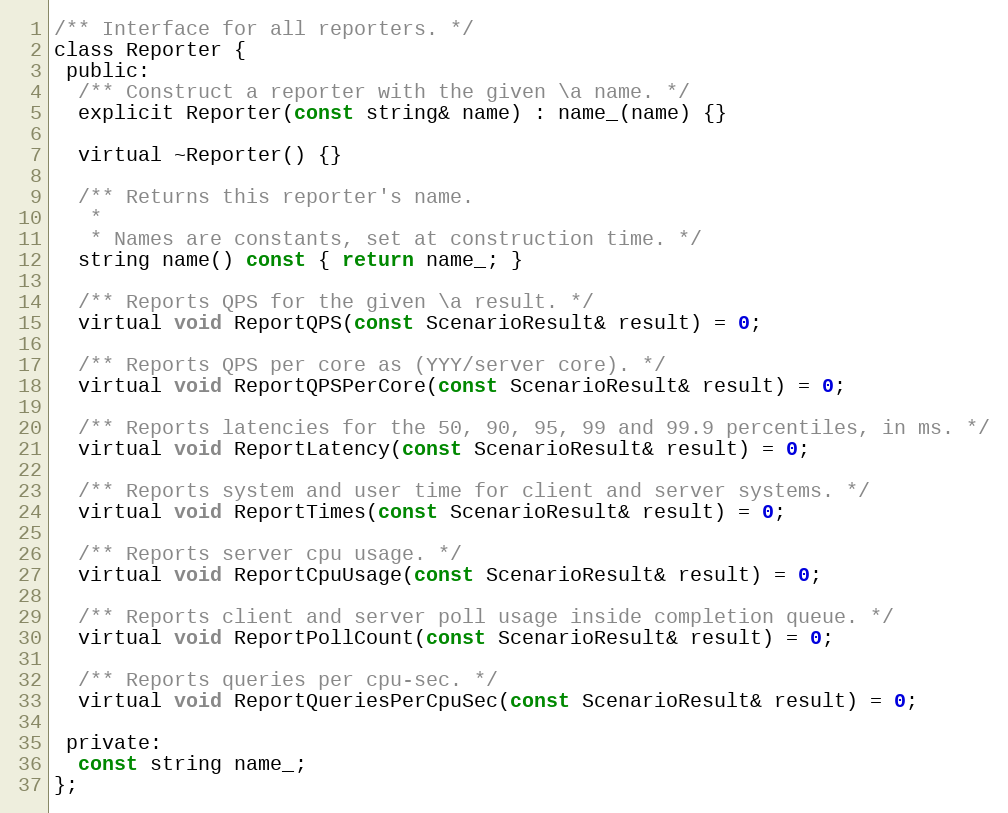
Language: C
/** Interface for all reporters. */
class Reporter {
 public:
  /** Construct a reporter with the given \a name. */
  explicit Reporter(const string& name) : name_(name) {}

  virtual ~Reporter() {}

  /** Returns this reporter's name.
   *
   * Names are constants, set at construction time. */
  string name() const { return name_; }

  /** Reports QPS for the given \a result. */
  virtual void ReportQPS(const ScenarioResult& result) = 0;

  /** Reports QPS per core as (YYY/server core). */
  virtual void ReportQPSPerCore(const ScenarioResult& result) = 0;

  /** Reports latencies for the 50, 90, 95, 99 and 99.9 percentiles, in ms. */
  virtual void ReportLatency(const ScenarioResult& result) = 0;

  /** Reports system and user time for client and server systems. */
  virtual void ReportTimes(const ScenarioResult& result) = 0;

  /** Reports server cpu usage. */
  virtual void ReportCpuUsage(const ScenarioResult& result) = 0;

  /** Reports client and server poll usage inside completion queue. */
  virtual void ReportPollCount(const ScenarioResult& result) = 0;

  /** Reports queries per cpu-sec. */
  virtual void ReportQueriesPerCpuSec(const ScenarioResult& result) = 0;

 private:
  const string name_;
};